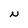
Character: N